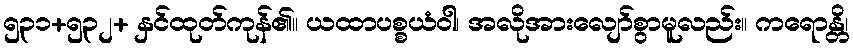
၅၃၁+၅၃၂+ နှင်ထုတ်ကုန်၏။ ယထာပစ္စယံဝါ၊ အလိုအားလျော်စွာမူလည်း။ ကရောန္တိ၊